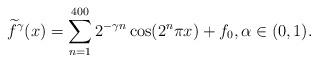
LaTeX: \begin{align*}\widetilde{f}^\gamma(x)=\sum_{n=1}^{400} 2^{-\gamma n}\cos(2^n \pi x)+f_0,\alpha\in (0,1).\end{align*}